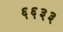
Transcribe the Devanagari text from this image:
६६३३